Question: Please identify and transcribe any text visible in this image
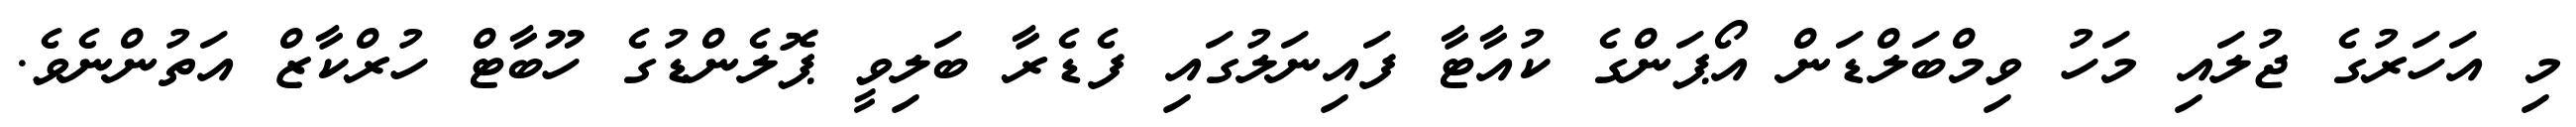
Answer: މި އަހަރުގެ ޖުލައި މަހު ވިމްބަލްޑަން އޯޕަންގެ ކުއާޓާ ފައިނަލުގައި ފެޑެރާ ބަލިވީ ޕޮލެންޑުގެ ހޫބާޓް ހުރްކާޒް އަތުންނެވެ.